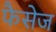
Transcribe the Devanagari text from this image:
फैसेज